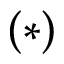
( * )